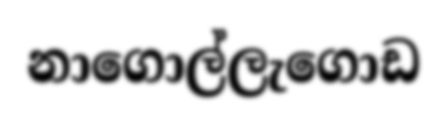
නාගොල්ලැගොඩ